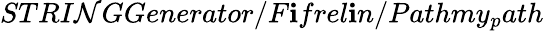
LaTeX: STRI\mathcal{N}GGenerator/F\mathbf{i}frel\mathbf{i}n/Pathmy_{p}ath